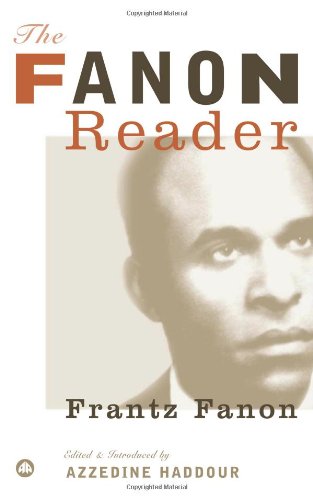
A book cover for The Fanon Reader; Frantz Fanon; History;